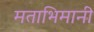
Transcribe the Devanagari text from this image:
मताभिमानी